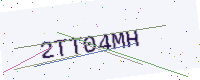
Text: 2TT04MH